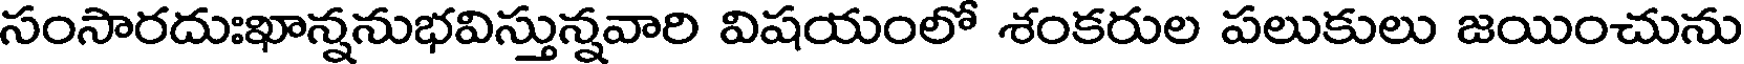
సంసారదుఃఖాన్ననుభవిస్తున్నవారి విషయంలో శంకరుల పలుకులు జయించును